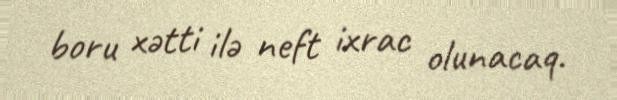
boru xətti ilə neft ixrac olunacaq.